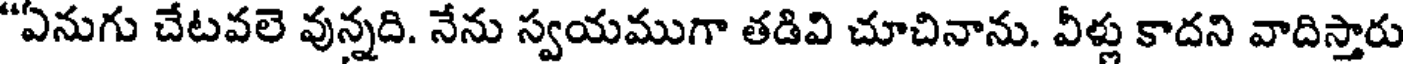
"ఏనుగు చేటవలె వున్నది. నేను స్వయముగా తడివి చూచినాను. వీళ్లు కాదని వాదిస్తారు